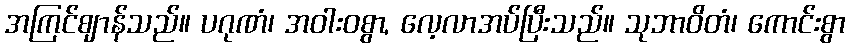
အကြင်ဈာန်သည်။ ပဂုဏံ၊ အဝါးဝစွာ, လေ့လာအပ်ပြီးသည်။ သုဘာဝိတံ၊ ကောင်းစွာ